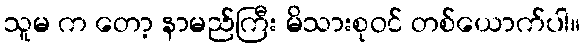
သူမ က တော့ နာမည်ကြီး မိသားစုဝင် တစ်ယောက်ပါ။